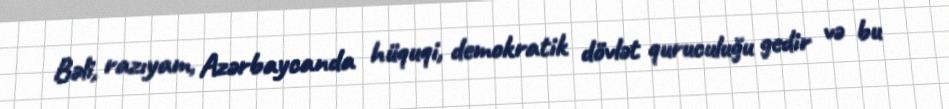
Bəli, razıyam, Azərbaycanda hüquqi, demokratik dövlət quruculuğu gedir və bu